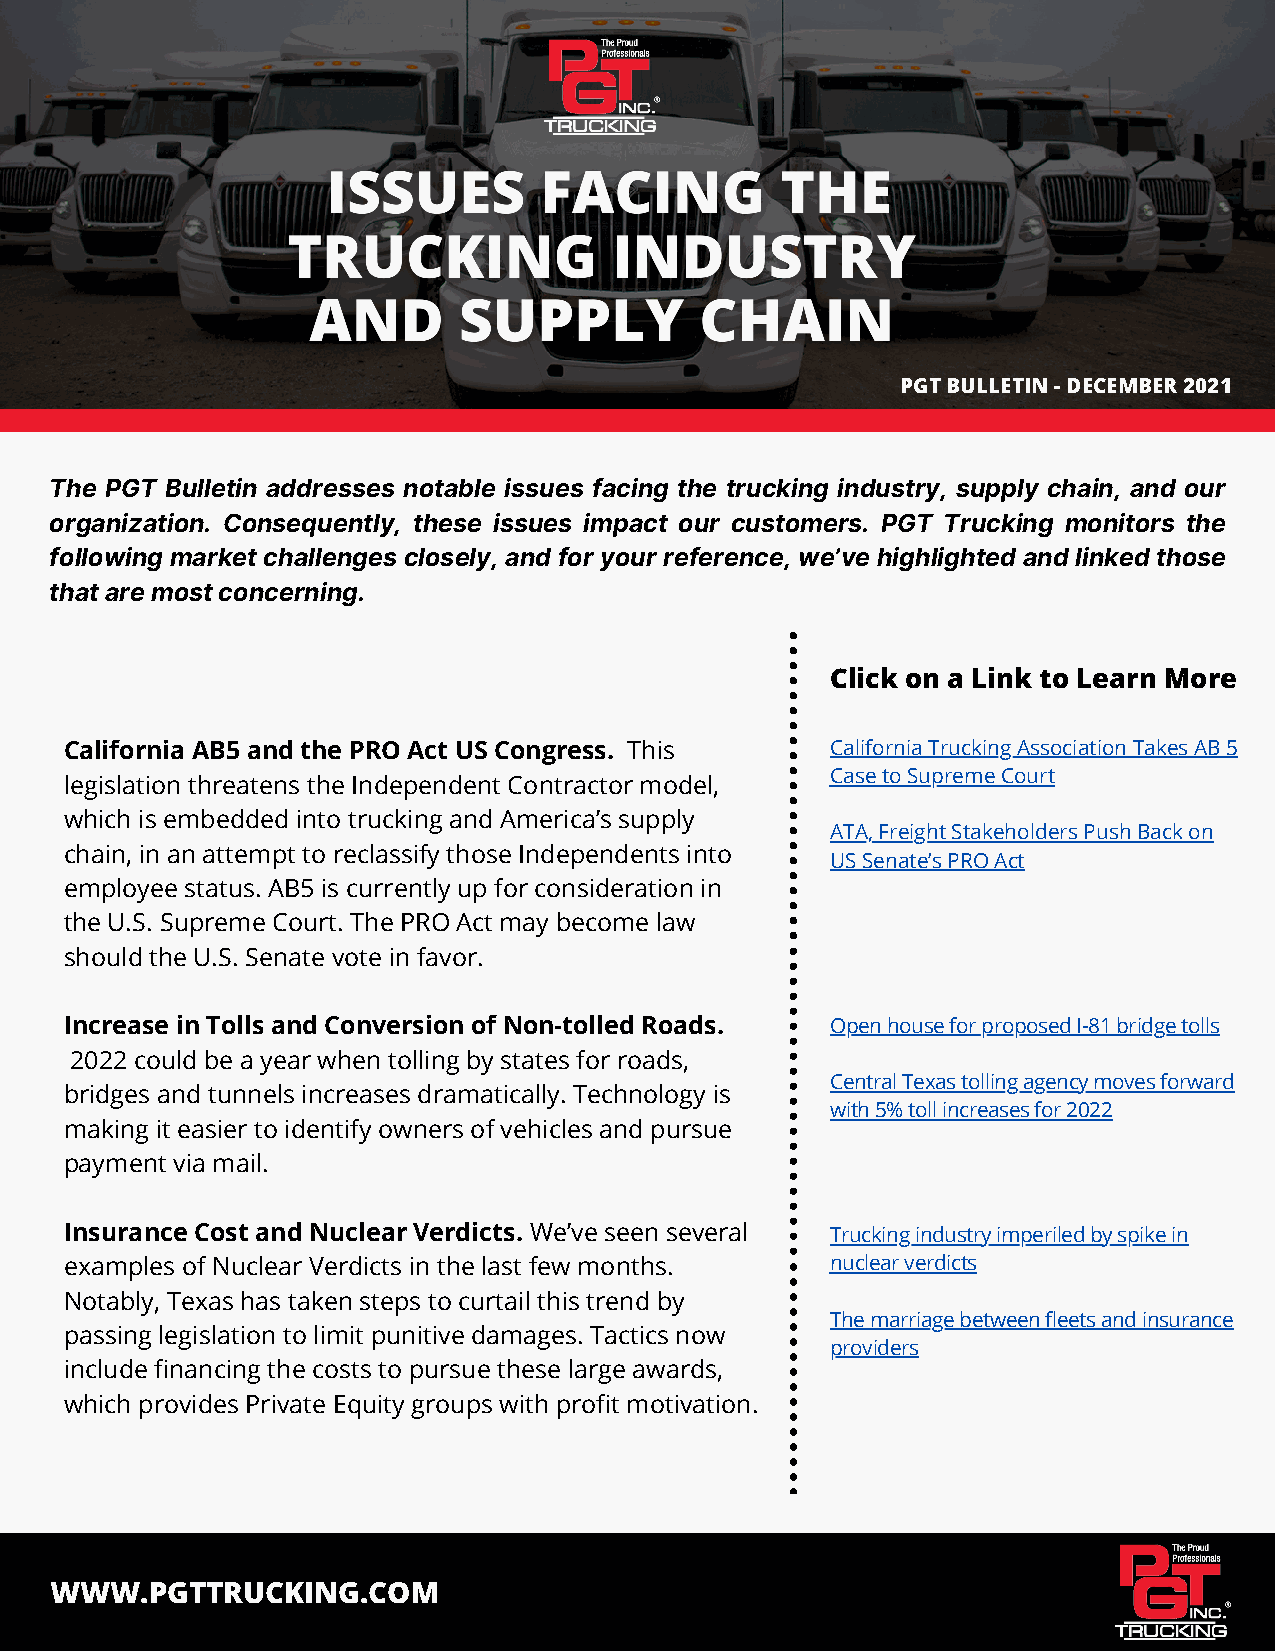
PGT BULLETIN - DECEMBER 2021
 The PGT Bulletin addresses notable issues facing the trucking industry, supply chain, and our
 organization. Consequently, these issues impact our customers. PGT Trucking monitors the
 following market challenges closely, and for your reference, we’ve highlighted and linked those
 that are most concerning.
 Click on a Link to Learn More
 California AB5 and the PRO Act US Congress. This   California Trucking Association Takes AB 5
 Case to Supreme Court
 legislation threatens the Independent Contractor model,
 which is embedded into trucking and America’s supply
 ATA, Freight Stakeholders Push Back on
 chain, in an attempt to reclassify those Independents into
 US Senate’s PRO Act
 employee status. AB5 is currently up for consideration in
 the U.S. Supreme Court. The PRO Act may become law
 should the U.S. Senate vote in favor.
 Increase in Tolls and Conversion of Non-tolled Roads. Open house for proposed I-81 bridge tolls
 2022 could be a year when tolling by states for roads,
 Central Texas tolling agency moves forward
 bridges and tunnels increases dramatically. Technology is
 with 5% toll increases for 2022
 making it easier to identify owners of vehicles and pursue
 payment via mail.
 Insurance Cost and Nuclear Verdicts. We’ve seen several Trucking industry imperiled by spike in
 examples of Nuclear Verdicts in the last few months. nuclear verdicts
 Notably, Texas has taken steps to curtail this trend by
 The marriage between fleets and insurance
 passing legislation to limit punitive damages. Tactics now
 providers
 include financing the costs to pursue these large awards,
 which provides Private Equity groups with profit motivation.
 WWW.PGTTRUCKING.COM